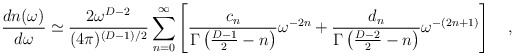
\begin{align*}{dn(\omega) \over d\omega}\simeq{2 \omega^{D-2} \over (4\pi)^{(D-1)/2}}\sum_{n=0}^\infty\left[{c_n\over \Gamma\left({D-1 \over 2}-n\right)} \omega^{-2n}+{d_n \over \Gamma\left({D-2 \over 2}-n\right)} \omega^{-(2n+1)}\right]~~~,\end{align*}